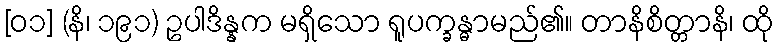
[၀၁] (နိ၊ ၁၉၁) ဥပါဒိန္နက မရှိသော ရူပက္ခန္ဓာမည်၏။ တာနိစိတ္တာနိ၊ ထို